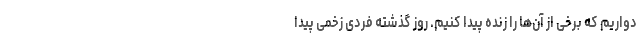
دواریم که برخی از آن‌ها را زنده پیدا کنیم. روز گذشته فردی زخمی پیدا